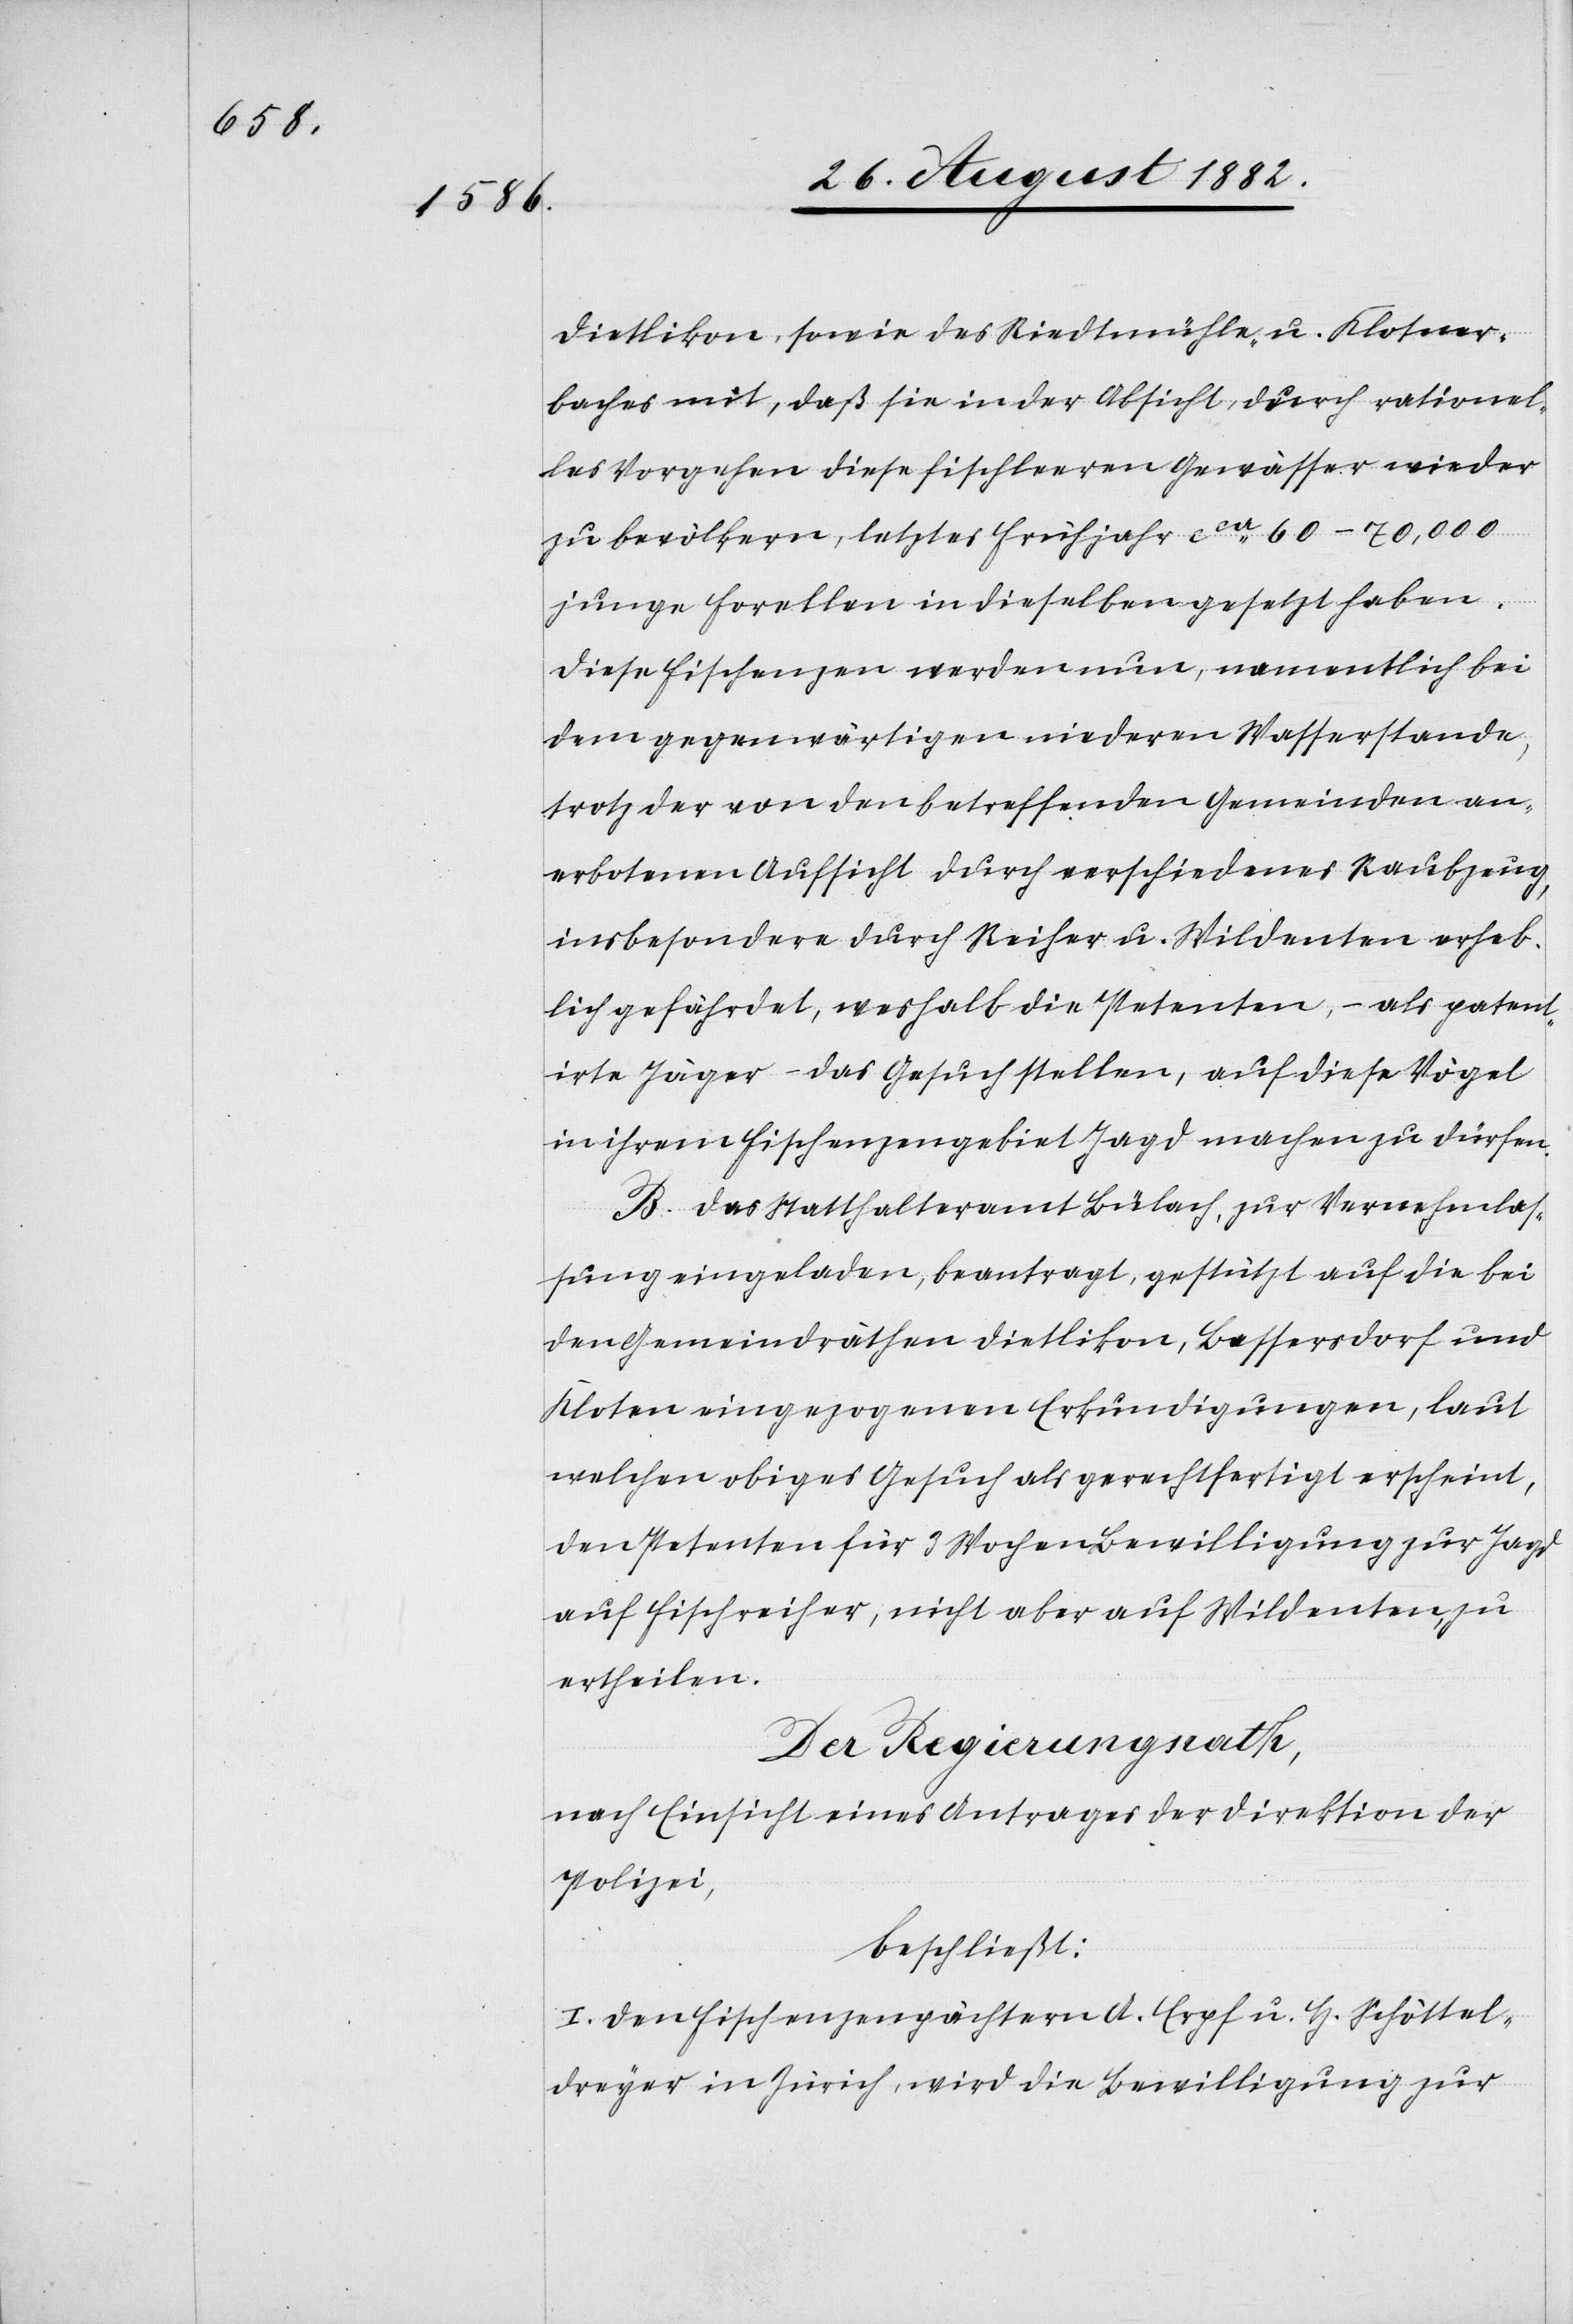
Dietlikon, sowie des Riedtmühle- u. Klotener¬
baches mit, daß sie in der Absicht, durch rationel¬
les Vorgehen diese fischleeren Gewässer wieder
zu bevölkern, letztes Frühjahr ca 60–70,000
junge Forellen in dieselben gesetzt haben.
Diese Fischenzen werden nun, namentlich bei
dem gegenwärtigen niederen Wasserstande,
trotz der von den betreffenden Gemeinden an¬
erbotenen Aufsicht durch verschiedenes Raubzeug,
insbesondere durch Reiher u. Wildenten erheb¬
lich gefährdet, weshalb die Petenten, – als patent¬
irte Jäger – das Gesuch stellen, auf diese Vögel
in ihrem Fischenzengebiet Jagd machen zu dürfen.
B. Das Statthalteramt Bülach, zur Vernehmlas¬
sung eingeladen, beantragt, gestützt auf die bei
den Gemeindräthen Dietlikon, Bassersdorf und
Kloten eingezogenen Erkundigungen, laut
welchen obiges Gesuch als gerechtfertigt erscheint,
den Petenten für 3 Wochen Bewilligung zur Jagd
auf Fischreiher, nicht aber auf Wildenten, zu
ertheilen.
Der Regierungsrath,
nach Einsicht eines Antrages der Direktion der
Polizei,
beschließt:
I. Den Fischenzenpächtern A: Erpf u. H. Schöttel¬
dreyer in Zürich, wird die Bewilligung zur